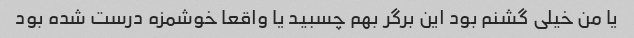
یا من خیلی گشنم بود این برگر بهم چسبید یا واقعا خوشمزه درست شده بود